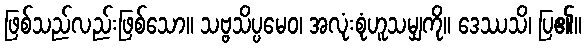
ဖြစ်သည်လည်းဖြစ်သော။ သဗ္ဗသိပ္ပမေဝ၊ အလုံးစုံဟူသမျှကို။ ဒေဿသိ၊ ပြ၏။